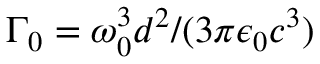
\Gamma _ { 0 } = \omega _ { 0 } ^ { 3 } d ^ { 2 } / ( 3 \pi \epsilon _ { 0 } c ^ { 3 } )